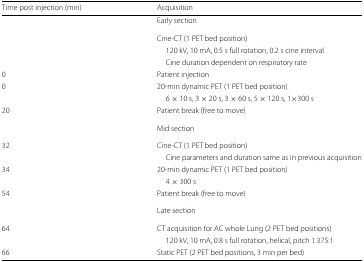
| Time post injection (min) | Acquisition |
 | --- | --- |
 |  | Early section |
 |  | Cine-CT (1 PET bed position) |
 |  | 120 kV, 10 mA, 0.5 s full rotation, 0.2 s cine interval |
 |  | Cine duration dependent on respiratory rate |
 | 0 | Patient injection |
 | 0 | 20-min dynamic PET (1 PET bed position) |
 |  | 6 × 10 s, 3 × 20 s, 3 × 60 s, 5 × 120 s, 1 ×300 s |
 | 20 | Patient break (free to move) |
 |  | Mid section |
 | 32 | Cine-CT (1 PET bed position) |
 |  | Cine parameters and duration same as in previous acquisition |
 | 34 | 20-min dynamic PET (1 PET bed position) |
 |  | 4 × 300 s |
 | 54 | Patient break (free to move) |
 |  | Late section |
 | 64 | CT acquisition for AC whole Lung (2 PET bed positions) |
 |  | 120 kV, 10 mA, 0.8 s full rotation, helical, pitch 1.375:1 |
 | 66 | Static PET (2 PET bed positions, 3 min per bed) |